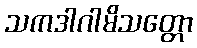
သကဒါဂါမိသတ္တော